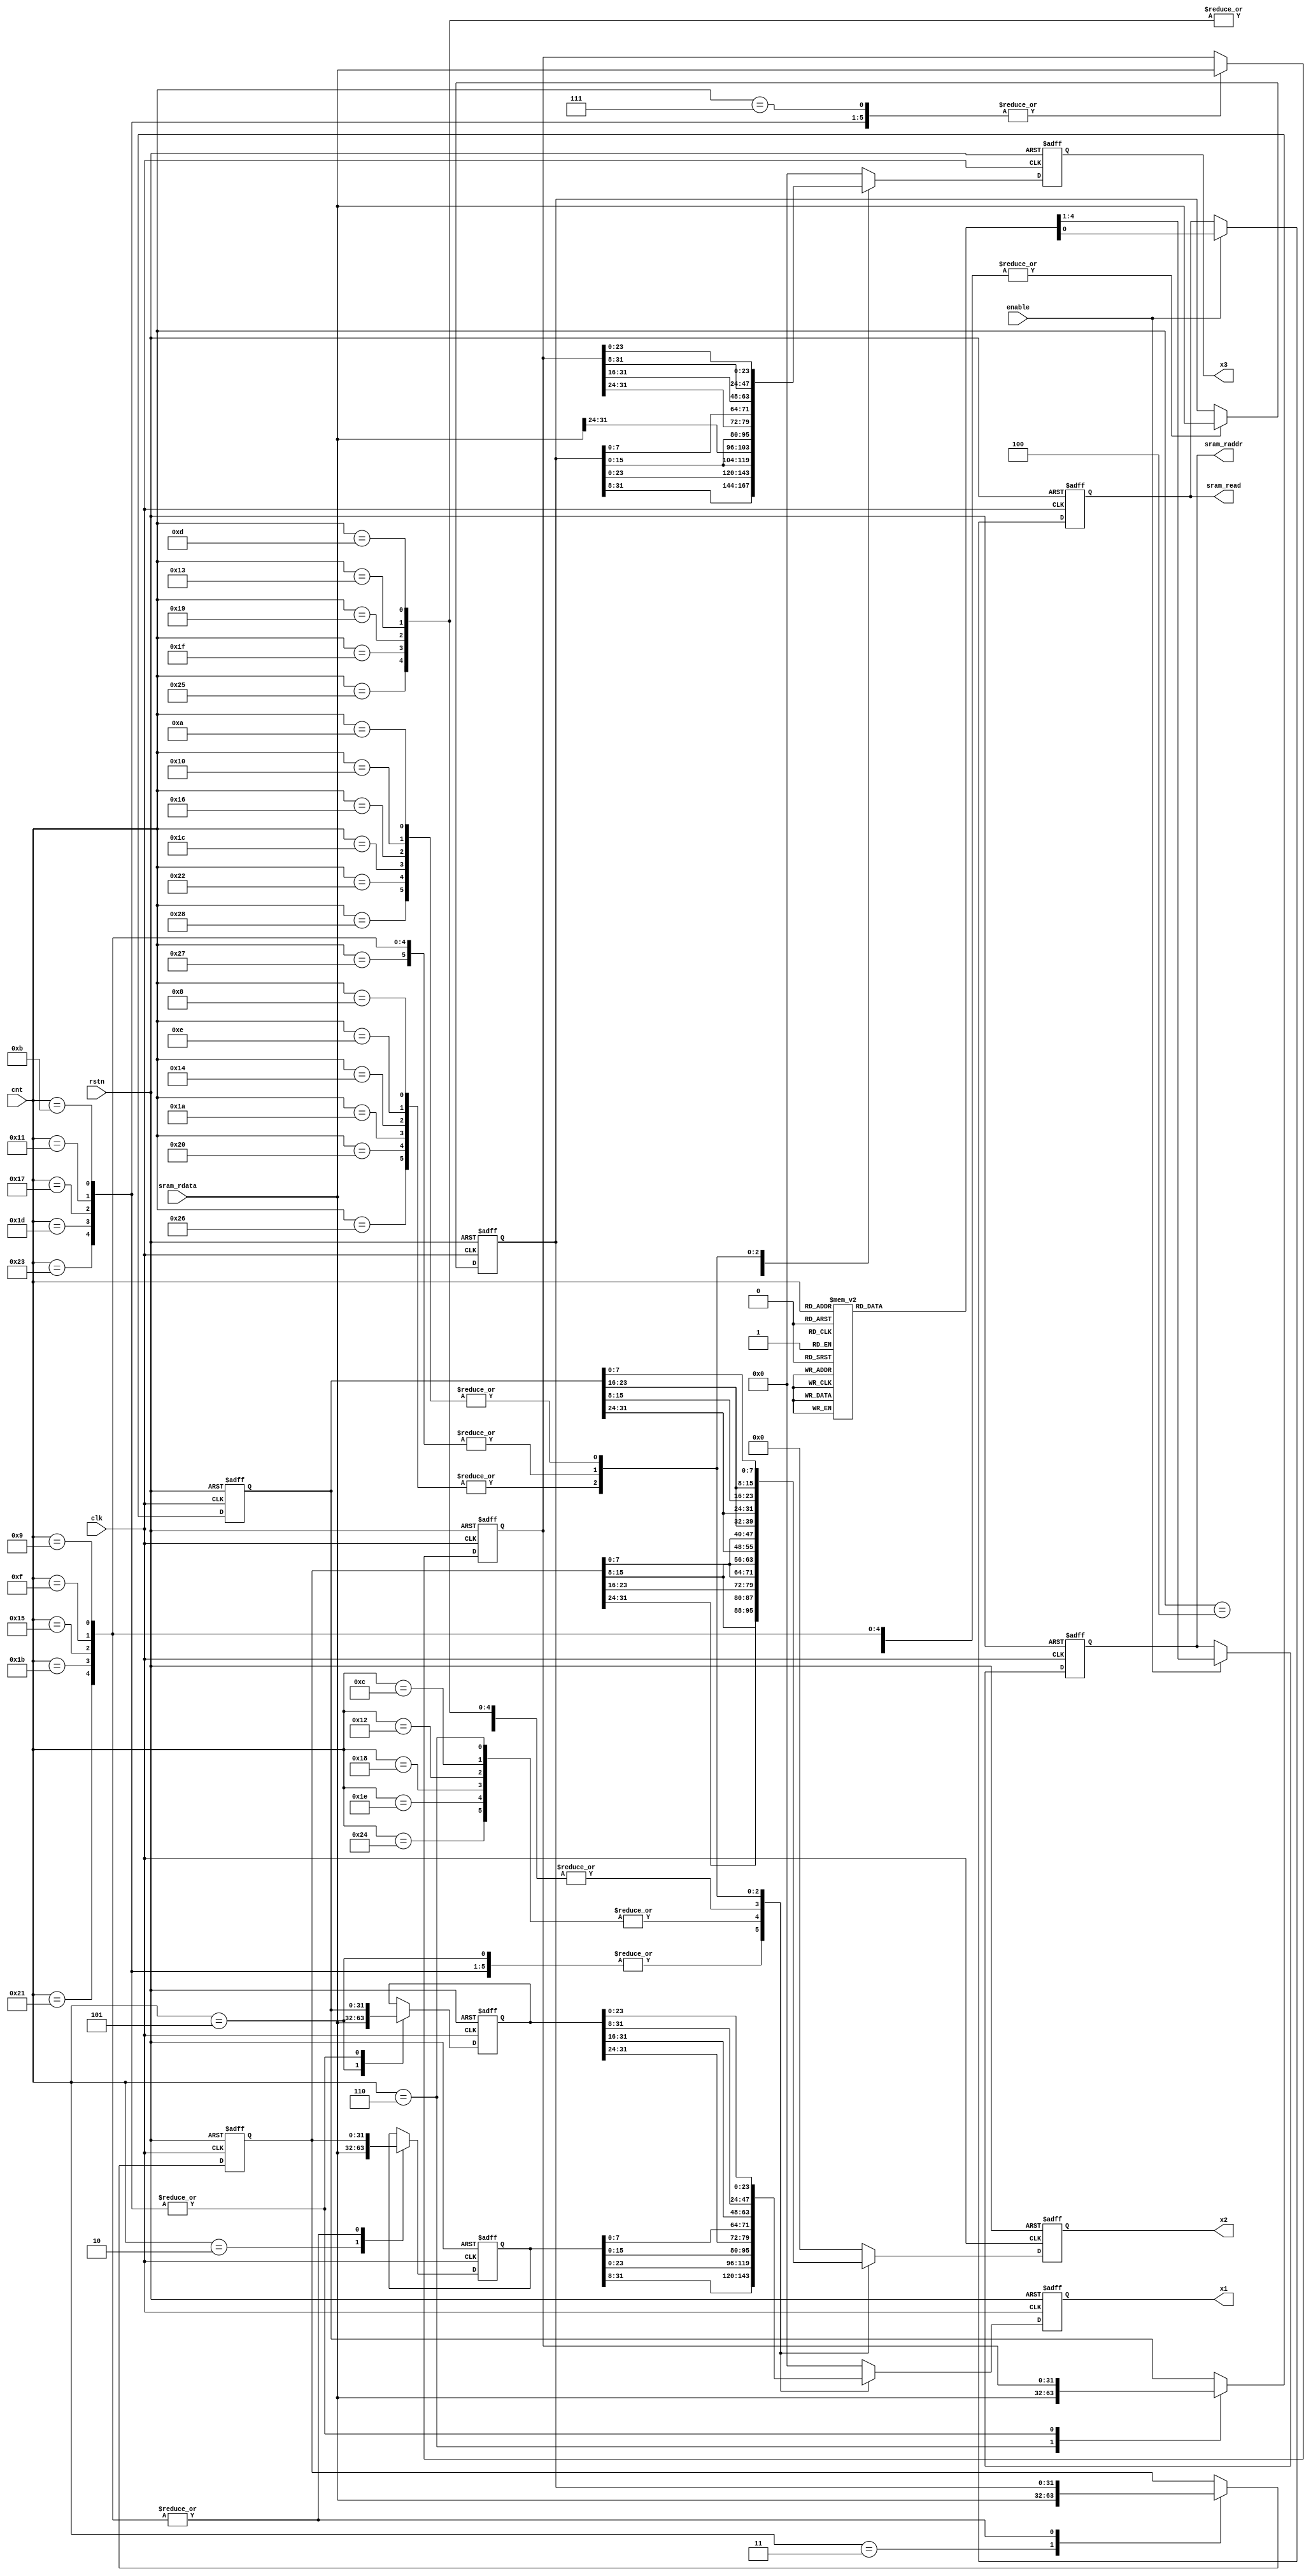
module md_fetch(
	clk,
	rstn,
	enable,
	cnt,
	sram_rdata,
	x1,
	x2,
	x3,
	sram_raddr,
	sram_read
);

	input					clk;
	input					rstn;
	input					enable;
	input		[5:0]		cnt;
	input		[31:0]		sram_rdata;
	output		[23:0]		x1;
	output		[15:0]		x2;
	output		[23:0]		x3;
	output					sram_read;
	output		[3:0]		sram_raddr;
	
	reg		[23:0]		x1;
	reg		[15:0]		x2;
	reg		[23:0]		x3;
	
	reg		[31:0]		tmp1;
	reg		[31:0]		tmp2;
	reg		[31:0]		tmp3;
	reg		[31:0]		tmp4;
	reg		[31:0]		tmp5;
	reg		[31:0]		tmp6;
	
	reg					sram_read;
	reg		[3:0]		sram_raddr;
	
always@(posedge clk or negedge rstn)
	if(!rstn)
		begin
			tmp1<='d0;
		    tmp2<='d0;
		    tmp3<='d0;
		    tmp4<='d0;
		    tmp5<='d0;
		    tmp6<='d0;
		end
	else
		case(cnt)
			'd2:begin
				tmp1<=sram_rdata;
				end
			'd3:begin
				tmp2<=sram_rdata;
				end
			'd4:begin
				tmp3<=sram_rdata;
				end
			'd5:begin
				tmp4<=sram_rdata;
				end
			'd6:begin
				tmp5<=sram_rdata;
				end
			'd7:begin
				tmp6<=sram_rdata;
				end
			'd9:begin
				tmp1<=tmp2;
				tmp2<=tmp3;
				tmp3<=sram_rdata;
				end
			'd11:begin
				tmp4<=tmp5;
				tmp5<=tmp6;
				tmp6<=sram_rdata;
				end
			'd15:begin
				tmp1<=tmp2;
				tmp2<=tmp3;
				tmp3<=sram_rdata;
				end
			'd17:begin
				tmp4<=tmp5;
				tmp5<=tmp6;
				tmp6<=sram_rdata;
				end
			'd21:begin
				tmp1<=tmp2;
				tmp2<=tmp3;
				tmp3<=sram_rdata;
				end
			'd23:begin
				tmp4<=tmp5;
				tmp5<=tmp6;
				tmp6<=sram_rdata;
				end
			'd27:begin
				tmp1<=tmp2;
				tmp2<=tmp3;
				tmp3<=sram_rdata;
				end
			'd29:begin
				tmp4<=tmp5;
				tmp5<=tmp6;
				tmp6<=sram_rdata;
				end
			'd33:begin
				tmp1<=tmp2;
				tmp2<=tmp3;
				tmp3<=sram_rdata;
				end
			'd35:begin
				tmp4<=tmp5;
				tmp5<=tmp6;
				tmp6<=sram_rdata;
				end
			default:begin
				tmp1<=tmp1;
			    tmp2<=tmp2;
			    tmp3<=tmp3;
			    tmp4<=tmp4;
			    tmp5<=tmp5;
			    tmp6<=tmp6;
				end
		endcase

always@(posedge clk or negedge rstn)
	if(!rstn)
		begin
			sram_read <= 1'b0;
			sram_raddr <= 'd0;
		end
	else if(enable)
		case(cnt)
			'd0:begin
				sram_read <= 1'b1;
				sram_raddr <= 'd0;
				end
			'd1:begin
				sram_read <= 1'b1;
				sram_raddr <= 'd2;
				end
			'd2:begin
				sram_read <= 1'b1;
				sram_raddr <= 'd4;
				end
			'd3:begin
				sram_read <= 1'b1;
				sram_raddr <= 'd1;
				end
			'd4:begin
				sram_read <= 1'b1;
				sram_raddr <= 'd3;
				end
			'd5:begin
				sram_read <= 1'b1;
				sram_raddr <= 'd5;
				end
			'd7:begin
				sram_read <= 1'b1;
				sram_raddr <= 'd6;
				end
			'd9:begin
				sram_read <= 1'b1;
				sram_raddr <= 'd7;
				end
			'd13:begin
				sram_read <= 1'b1;
				sram_raddr <= 'd8;
				end
			'd15:begin
				sram_read <= 1'b1;
				sram_raddr <= 'd9;
				end
			'd19:begin
				sram_read <= 1'b1;
				sram_raddr <= 'd10;
				end
			'd21:begin
				sram_read <= 1'b1;
				sram_raddr <= 'd11;
				end
			'd25:begin
				sram_read <= 1'b1;
				sram_raddr <= 'd12;
				end
			'd27:begin
				sram_read <= 1'b1;
				sram_raddr <= 'd13;
				end
			'd31:begin
				sram_read <= 1'b1;
				sram_raddr <= 'd14;
				end
			'd33:begin
				sram_read <= 1'b1;
				sram_raddr <= 'd15;
				end
			default:begin
				sram_read <= 'b0;
				sram_raddr <= 'd0;
				end
		endcase
	
always@(posedge clk or negedge rstn)
	if(!rstn)
		begin
			x1 <= 'd0;
			x2 <= 'd0;
			x3 <= 'd0;
		end
	else
	case(cnt)
		'd5,'d11,'d17,'d23,'d29,'d35:	begin
			x1 <= tmp1[31:8];
			x2 <= {tmp2[31:24],tmp2[15:8]};
			x3 <= tmp3[31:8];
				end
		'd6,'d12,'d18,'d24,'d30,'d36:	begin
			x1 <= tmp1[23:0];
			x2 <= {tmp2[23:16],tmp2[7:0]};
			x3 <= tmp3[23:0];
				end
		'd7: begin
			x1 <= {tmp1[15:0],tmp4[31:24]};
			x2 <= {tmp2[15:8],tmp5[31:24]};
			x3 <= {tmp3[15:0],sram_rdata[31:24]};
			end
		'd13,'d19,'d25,'d31,'d37:	begin
			x1 <= {tmp1[15:0],tmp4[31:24]};
			x2 <= {tmp2[15:8],tmp5[31:24]};
			x3 <= {tmp3[15:0],tmp6[31:24]};//tmp
				end
		'd8,'d14,'d20,'d26,'d32,'d38:	begin
			x1 <= {tmp1[7:0],tmp4[31:16]};
			x2 <= {tmp2[7:0],tmp5[23:16]};
			x3 <= {tmp3[7:0],tmp6[31:16]};
				end
		'd9,'d15,'d21,'d27,'d33,'d39: begin
			x1 <= tmp4[31:8];
			x2 <= {tmp5[31:24],tmp5[15:8]};
			x3 <= tmp6[31:8];
				end
		'd10,'d16,'d22,'d28,'d34,'d40: begin
			x1 <= tmp4[23:0];
			x2 <= {tmp5[23:16],tmp5[7:0]};
			x3 <= tmp6[23:0];
				end
		default:	begin
			x1 <= 'd0;
			x2 <= 'd0;
			x3 <= 'd0;
				end
	endcase
			
endmodule